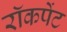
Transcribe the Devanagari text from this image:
रॉकपेंट